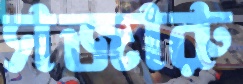
সজারু